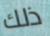
ذلك